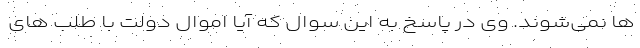
ها نمی‌شوند. وی در پاسخ به این سوال که آیا اموال دولت با طلب های